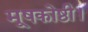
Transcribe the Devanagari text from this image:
मूषकोष्ठी।